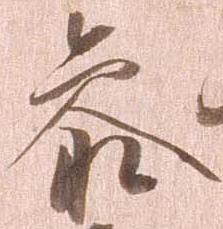
参